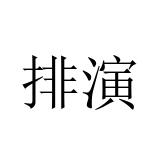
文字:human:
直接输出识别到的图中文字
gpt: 排演